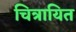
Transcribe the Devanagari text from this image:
चित्रायित